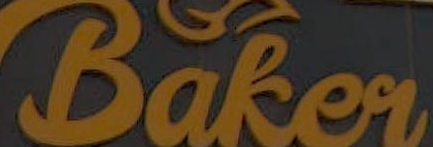
Baker